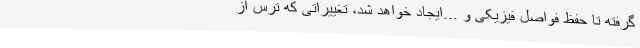
گرفته تا حفظ فواصل فیزیکی و ...ایجاد خواهد شد، تغییراتی که ترس از